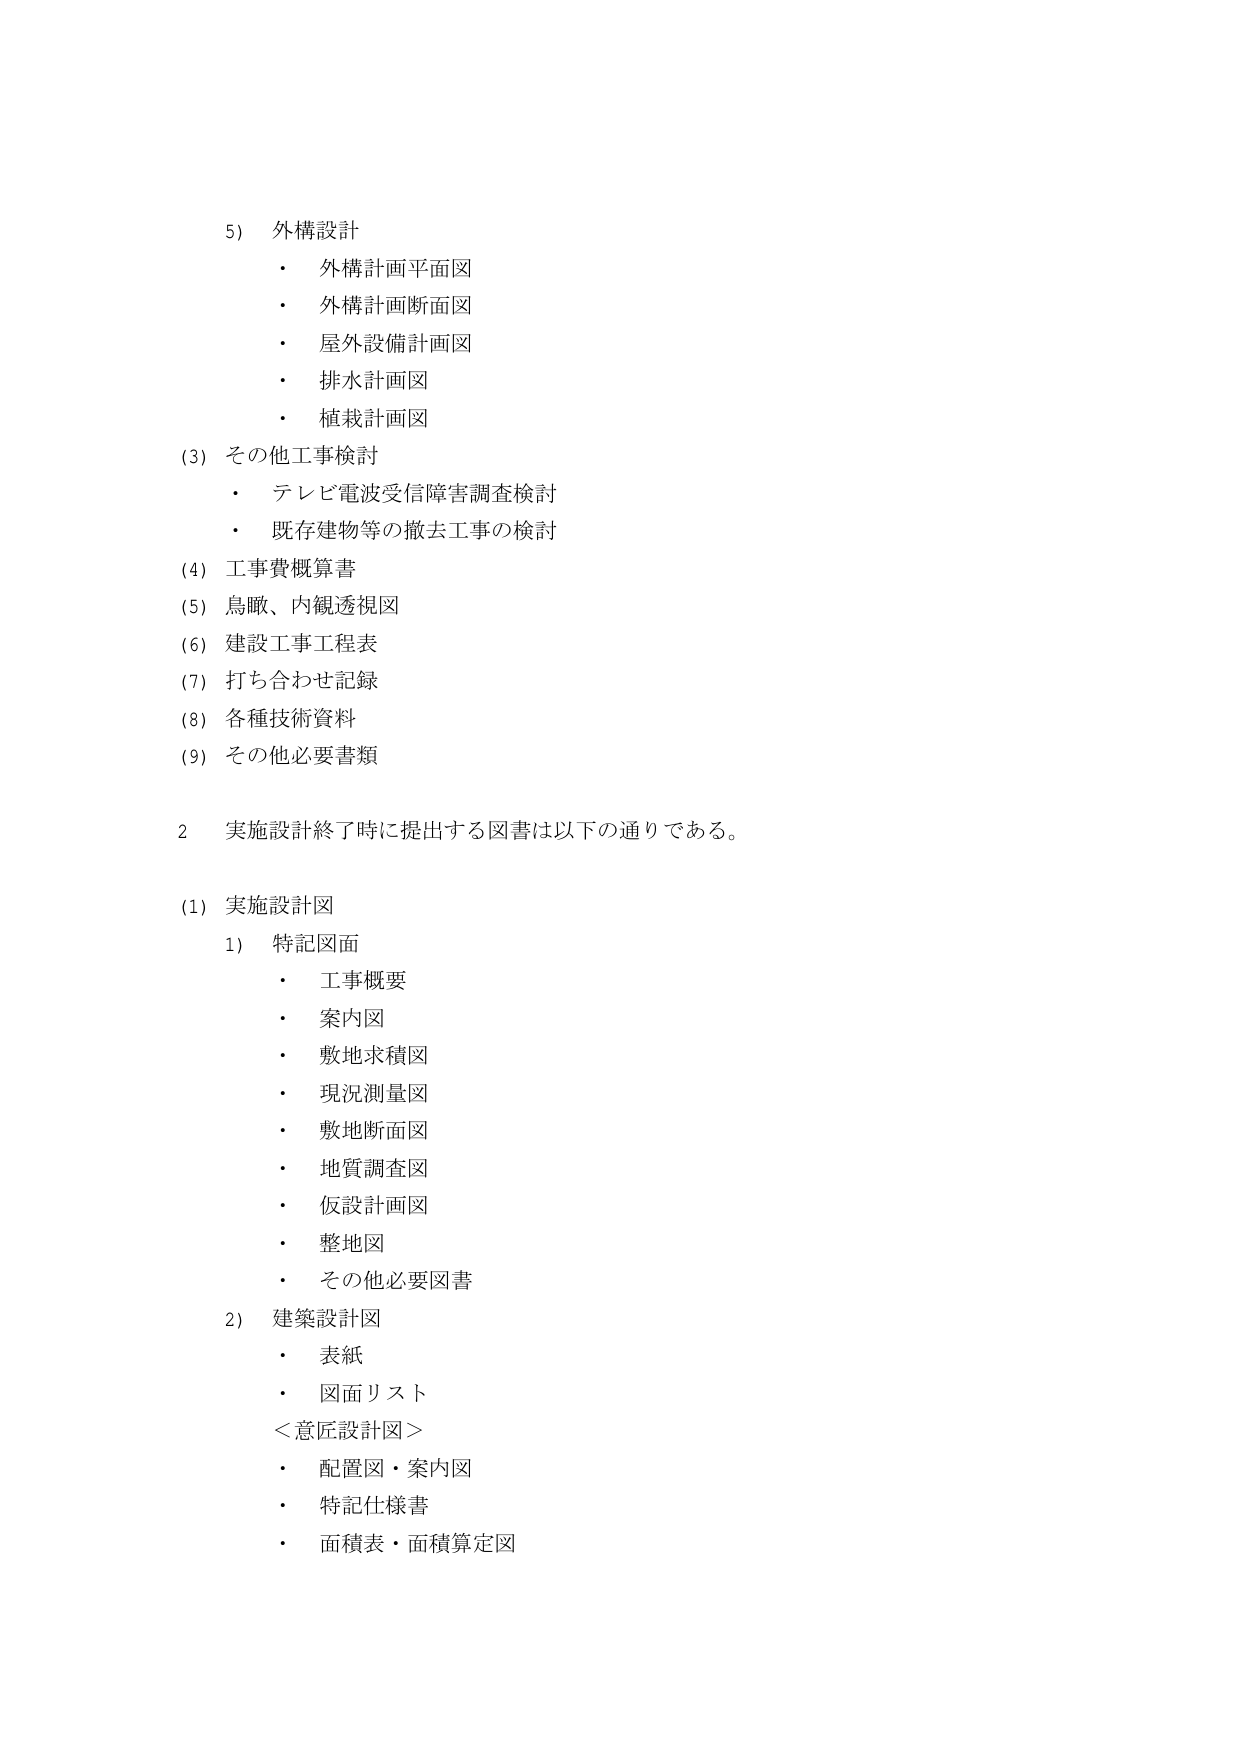
5) 外構設計
・ 外構計画平面図
・ 外構計画断面図
・ 屋外設備計画図
・ 排水計画図
・ 植栽計画図

(3) その他工事検討
・ テレビ電波受信障害調査検討
・ 既存建物等の撤去工事の検討

(4) 工事費概算書
(5) 鳥瞰、内観透視図
(6) 建設工事工程表
(7) 打ち合わせ記録
(8) 各種技術資料
(9) その他必要書類

2 実施設計終了時に提出する図書は以下の通りである。

(1) 実施設計図
1) 特記図面
・ 工事概要
・ 案内図
・ 敷地求積図
・ 現況測量図
・ 敷地断面図
・ 地質調査図
・ 仮設計画図
・ 整地図
・ その他必要図書

2) 建築設計図
・ 表紙
・ 図面リスト
＜意匠設計図＞
・ 配置図・案内図
・ 特記仕様書
・ 面積表・面積算定図